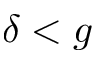
\delta < g